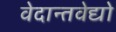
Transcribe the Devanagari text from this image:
वेदान्तवेद्यो